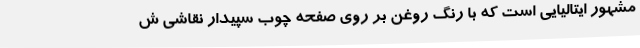
مشهور ایتالیایی است که با رنگ روغن بر روی صفحه چوب سپیدار نقاشی ش